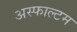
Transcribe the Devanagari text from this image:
अस्फाल्टम